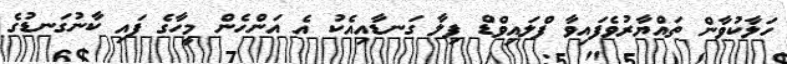
ހަލާކުވާން ތައްޔާރުވެފައިވާ ފްލައިވްޑް ފިލާ ގަނޑާއިއެކު އެ އަންހެން މީހާގެ ފައި ކާނުގަނޑުގެ